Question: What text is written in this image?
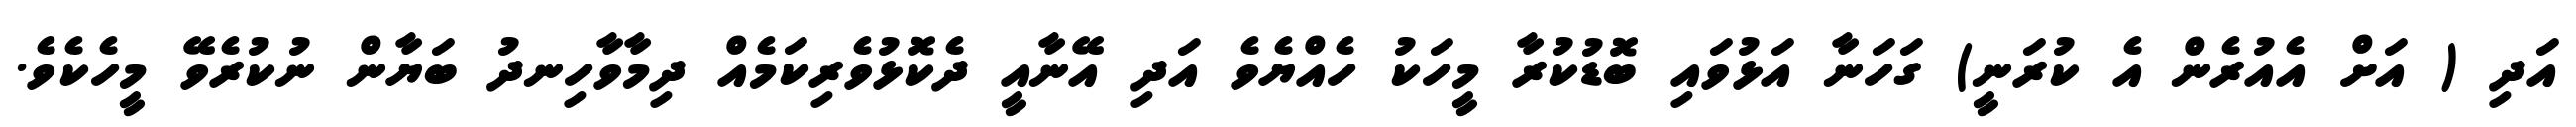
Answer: އަދި ( އަށް އެއުރެން އެ ކުރަނީ) ގަހަނާ އަޅުވައި ބޮޑުކުރާ މީހަކު ހެއްޔެވެ އަދި އޭނާއީ ދެކޮޅުވެރިކަމެއް ދިމާވާހިނދު ބަޔާން ނުކުރެވޭ މީހެކެވެ.